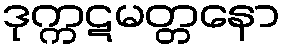
ဒုက္ကဋမတ္တနော